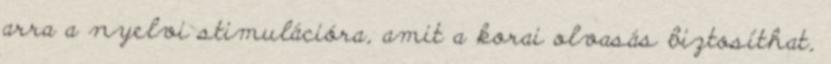
arra a nyelvi stimulációra, amit a korai olvasás biztosíthat,